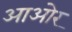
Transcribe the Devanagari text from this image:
आओर